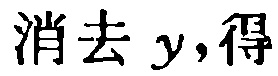
消去 \(y\)，得